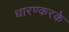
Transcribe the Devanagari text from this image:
धारण्करके